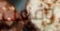
وقعت